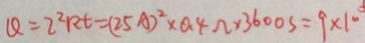
Q = 2 ^ { 2 } R t ( 2 5 A ) ^ { 2 } \times 0 . 4 \Omega \times 3 6 0 0 s = 9 \times 1 0 ^ { 3 }